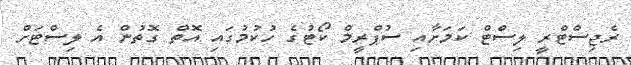
ރެޖިސްޓްރީ ލިސްޓް ކަމަށާއި ސުޕްރީމް ކޯޓުގެ ހުކުމުގައި އޮތް ގޮތުން އެ ލިސްޓަށް